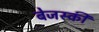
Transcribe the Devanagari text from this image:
बेजस्की